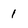
Character: 1